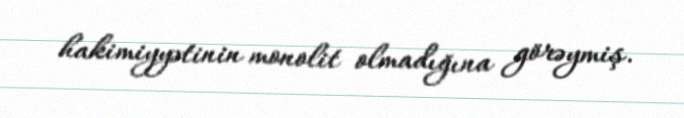
hakimiyyətinin monolit olmadığına görəymiş.